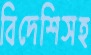
বিদেশিসহ